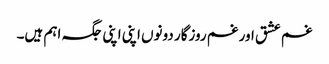
غم عشق اور غم روزگار دونوں اپنی اپنی جگہ اہم ہیں۔